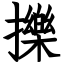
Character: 擽